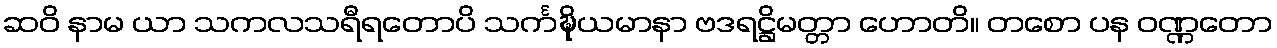
ဆဝိ နာမ ယာ သကလသရီရတောပိ သင်္ကဍ္ဎိယမာနာ ဗဒရဋ္ဌိမတ္တာ ဟောတိ။ တစော ပန ဝဏ္ဏတော